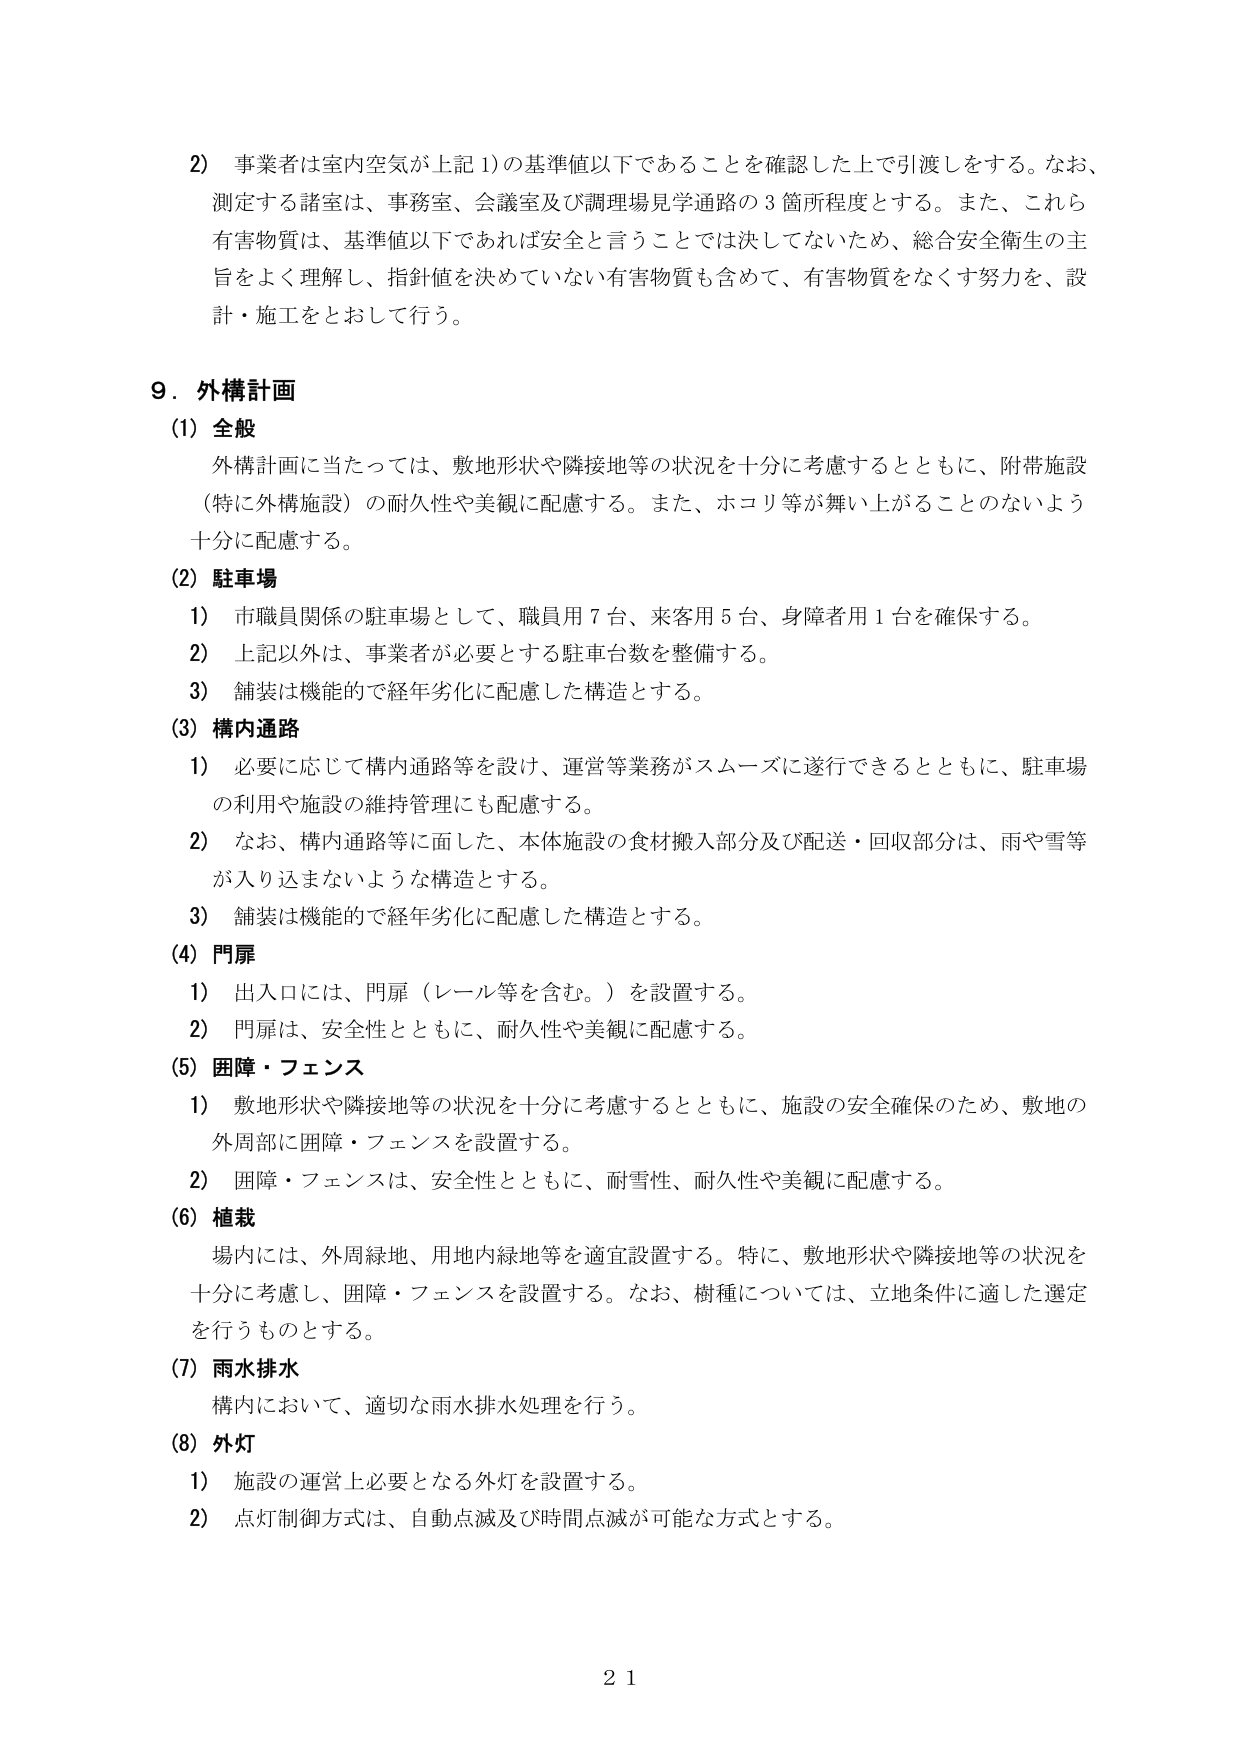
2) 事業者は室内空気が上記1)の基準値以下であることを確認した上で引渡しをする。なお、測定する諸室は、事務室、会議室及び調理場見学通路の3箇所程度とする。また、これら有害物質は、基準値以下であれば安全と言うことでは決してないため、総合安全衛生の主旨をよく理解し、指針値を決めていない有害物質も含めて、有害物質をなくす努力を、設計・施工をとおして行う。

9. 外構計画
(1) 全般
外構計画に当たっては、敷地形状や隣接地等の状況を十分に考慮するとともに、附帯施設（特に外構施設）の耐久性や美観に配慮する。また、ホコリ等が舞い上がることのないよう十分に配慮する。

(2) 駐車場
1) 市職員関係の駐車場として、職員用7台、来客用5台、身障者用1台を確保する。
2) 上記以外は、事業者が必要とする駐車台数を整備する。
3) 舗装は機能的で経年劣化に配慮した構造とする。

(3) 構内通路
1) 必要に応じて構内通路等を設け、運営等業務がスムーズに遂行できるとともに、駐車場の利用や施設の維持管理にも配慮する。
2) なお、構内通路等に面した、本体施設の食材搬入部分及び配送・回収部分は、雨や雪等が入り込まないような構造とする。
3) 舗装は機能的で経年劣化に配慮した構造とする。

(4) 門扉
1) 出入口には、門扉（レール等を含む。）を設置する。
2) 門扉は、安全性とともに、耐久性や美観に配慮する。

(5) 囲障・フェンス
1) 敷地形状や隣接地等の状況を十分に考慮するとともに、施設の安全確保のため、敷地の外周部に囲障・フェンスを設置する。
2) 囲障・フェンスは、安全性とともに、耐雪性、耐久性や美観に配慮する。

(6) 植栽
場内には、外周緑地、用地内緑地等を適宜設置する。特に、敷地形状や隣接地等の状況を十分に考慮し、囲障・フェンスを設置する。なお、樹種については、立地条件に適した選定を行うものとする。

(7) 雨水排水
構内において、適切な雨水排水処理を行う。

(8) 外灯
1) 施設の運営上必要となる外灯を設置する。
2) 点灯制御方式は、自動点滅及び時間点滅が可能な方式とする。

21